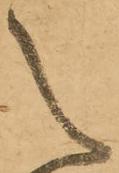
之